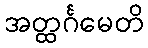
အတ္ထင်္ဂမေတိ